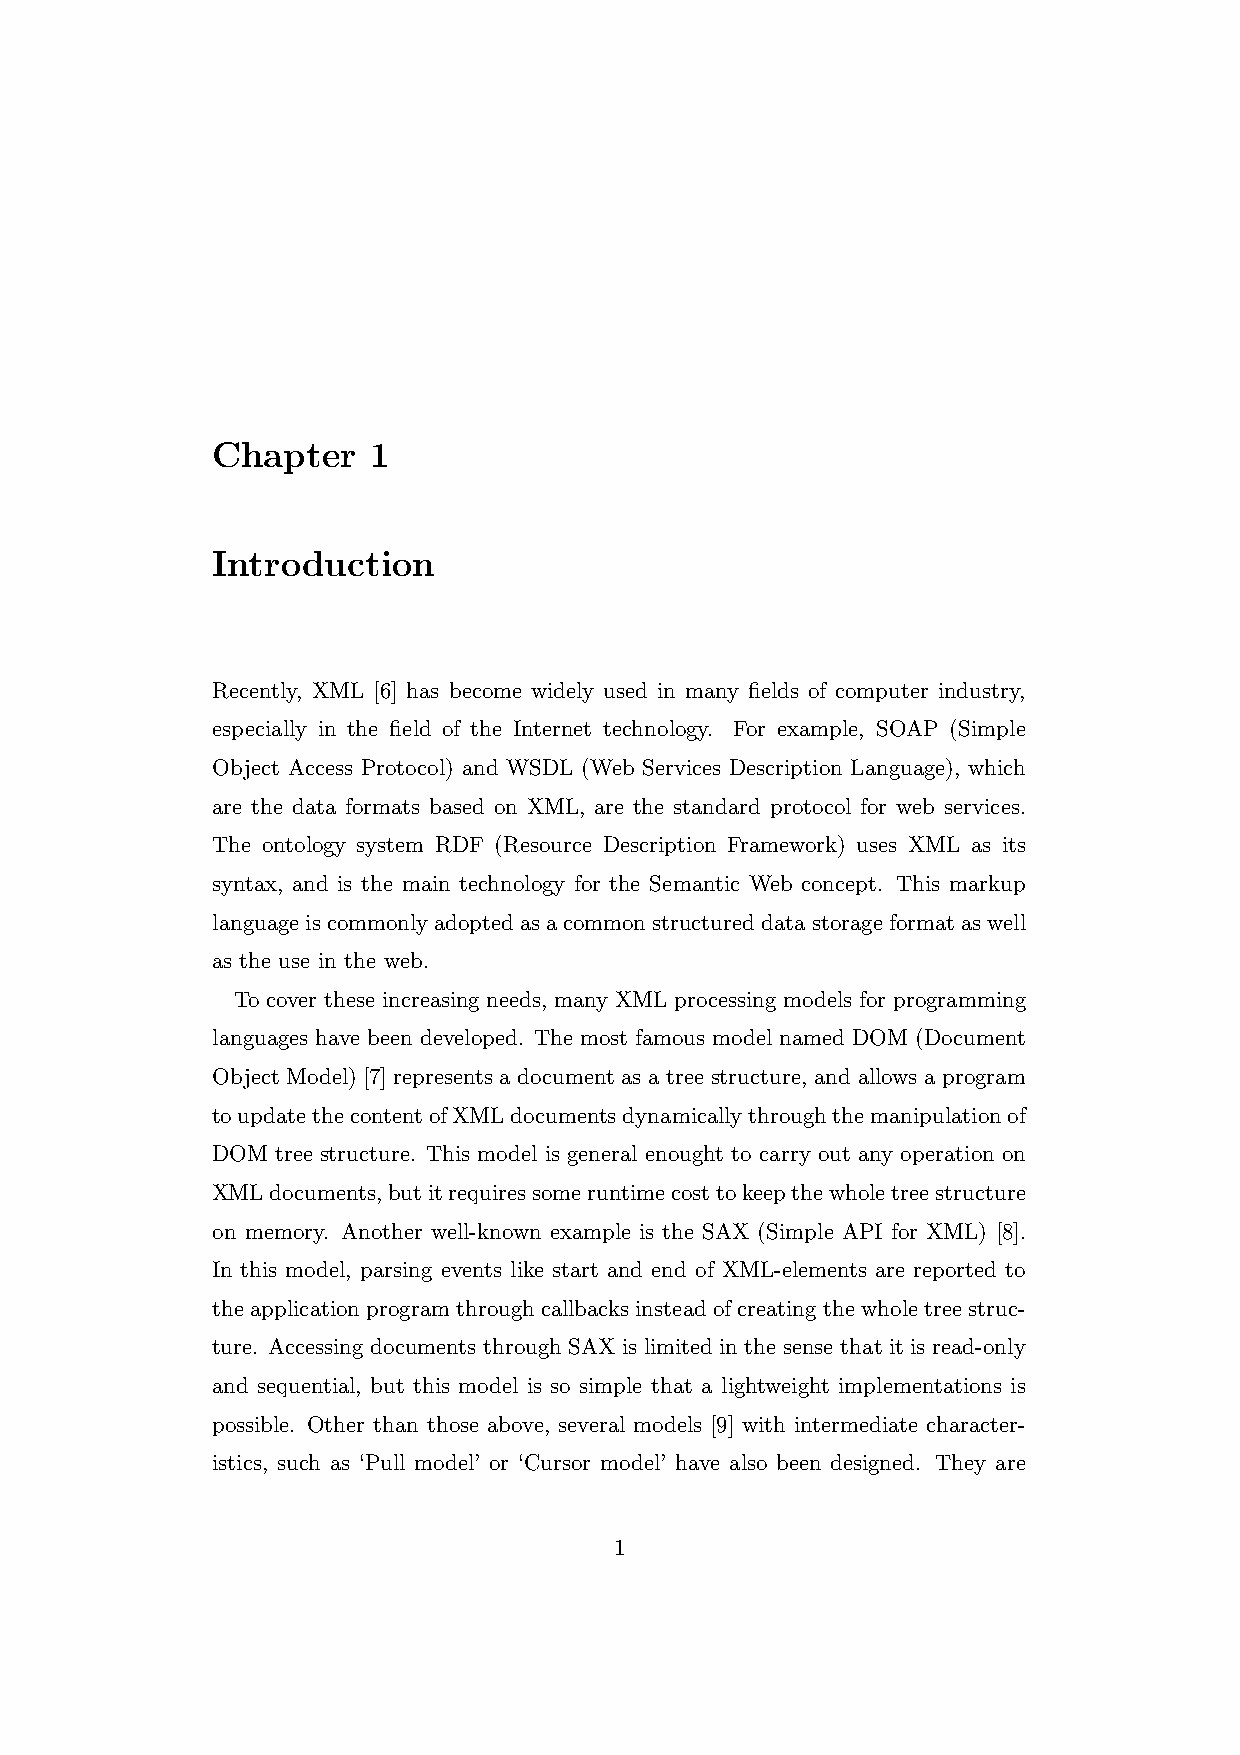
Chapter   1
 Introduction
 Recently, XML [6] has become widely used in many fields of computer industry,
 especially in the field of the Internet technology. For example, SOAP (Simple
 Object Access Protocol) and WSDL (Web Services Description Language), which
 are the data formats based on XML, are the standard protocol for web services.
 The ontology system RDF (Resource Description Framework) uses XML as its
 syntax, and is the main technology for the Semantic Web concept. This markup
 languageiscommonlyadoptedasacommonstructureddatastorageformataswell
 as the use in the web.
 To cover these increasing needs, many XML processing models for programming
 languages have been developed. The most famous model named DOM (Document
 Object Model) [7] represents a document as a tree structure, and allows a program
 toupdatethecontentofXMLdocumentsdynamicallythroughthemanipulationof
 DOM tree structure. This model is general enought to carry out any operation on
 XMLdocuments,butitrequiressomeruntimecosttokeepthewholetreestructure
 on memory. Another well-known example is the SAX (Simple API for XML) [8].
 In this model, parsing events like start and end of XML-elements are reported to
 the application program through callbacks instead of creating the whole tree struc-
 ture. Accessing documents through SAX is limited in the sense that it is read-only
 and sequential, but this model is so simple that a lightweight implementations is
 possible. Other than those above, several models [9] with intermediate character-
 istics, such as ‘Pull model’ or ‘Cursor model’ have also been designed. They are
 1